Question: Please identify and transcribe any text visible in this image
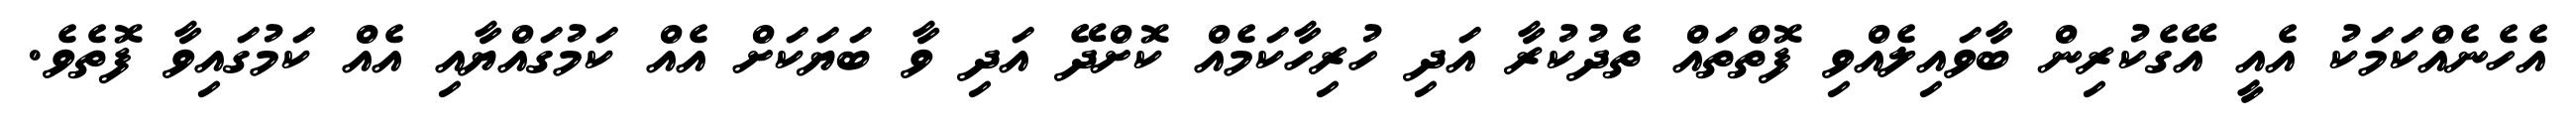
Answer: އެހެނެއްކަމަކު އެއީ އޭގެކުރިން ބާވައިލެއްވި ފޮތްތައް ތެދުކުރާ އަދި ހުރިހާކަމެއް ކޮށްދޭ އަދި ވާ ބަޔަކަށް އެއް ކަމުގައްޔާއި އެއް ކަމުގައިވާ ފޮތެވެ.